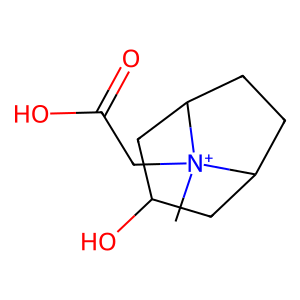
SMILES: C[N+]1(CC(=O)O)C2CCC1CC(O)C2
Inhibits HIV replication: No